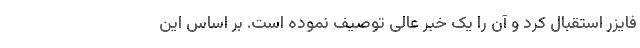
فایزر استقبال کرد و آن را یک خبر عالی توصیف نموده است. بر اساس این